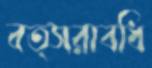
বত্সরাবধি